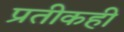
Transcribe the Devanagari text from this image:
प्रतीकही